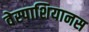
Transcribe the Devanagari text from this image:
वेस्पाशियानस